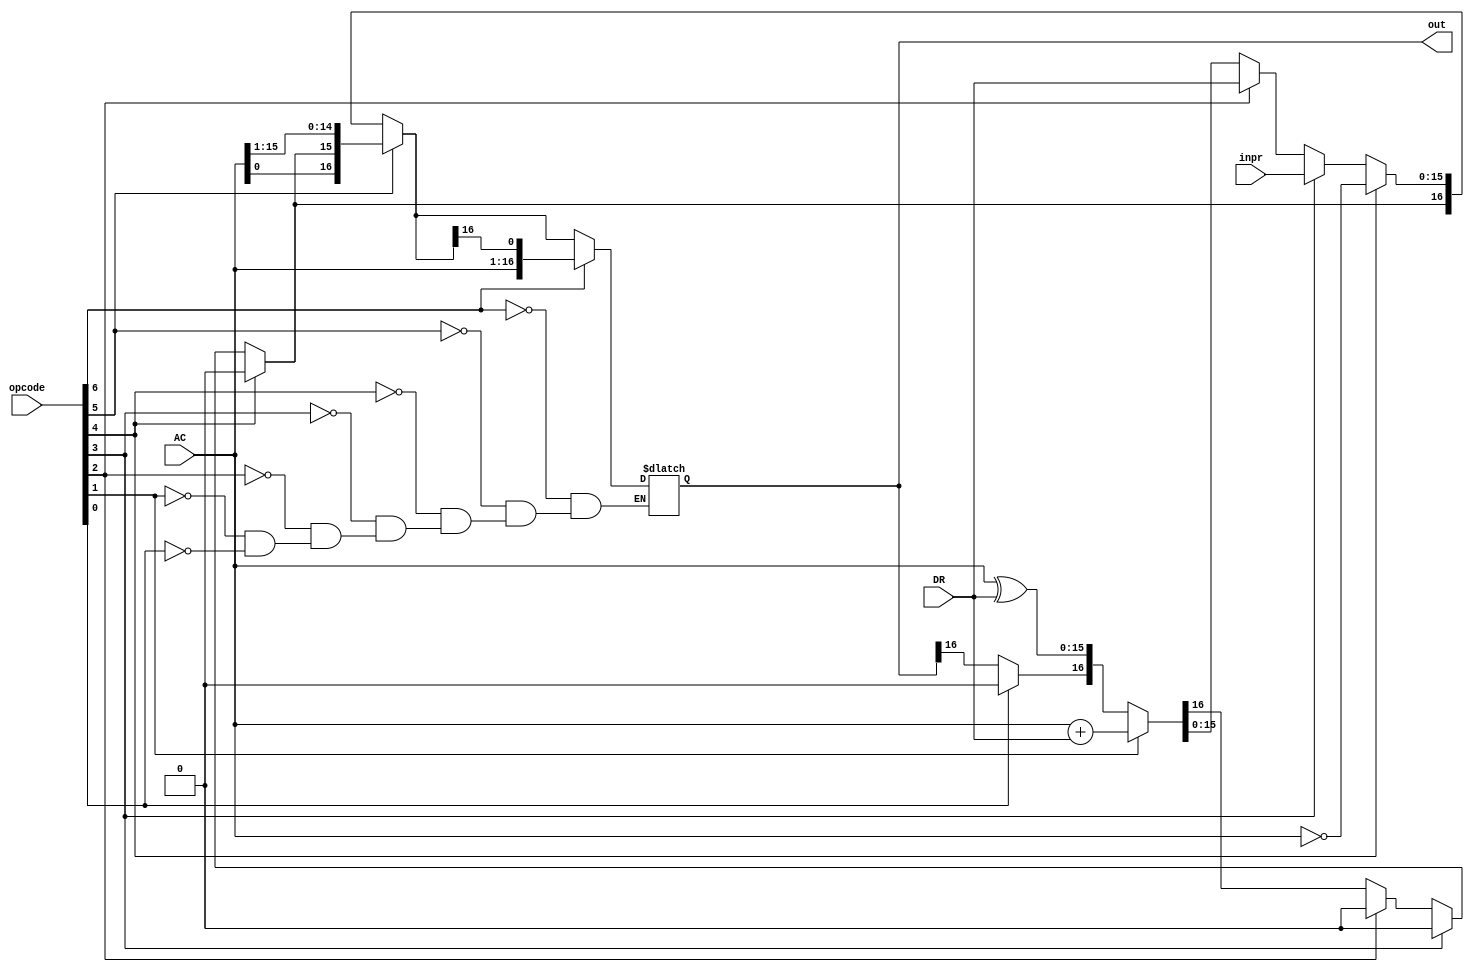
module Add_and_Logic #(parameter Bits = 16) (
	input		[Bits-1:0]	AC,
	input		[Bits-1:0]	DR,
	input		[Bits-1:0]	inpr,
	input	 	[6:0]		opcode,
	output reg	[Bits:0]	out);
	
	always @(AC,DR,opcode)
	begin
		if (opcode[0] == 1'b1)	//AND
		begin
			out = AC ^ DR;
			out[Bits] = 1'b0;
		end
		if (opcode[1] == 1'b1)	// ADD
			out = AC + DR;
		if (opcode[2] == 1'b1)	// DR
		begin
			out = DR;
			out[Bits] = 1'b0;
		end
		if (opcode[3] == 1'b1)	// INPR
		begin
			out = inpr;
			out[Bits] = 1'b0;
		end
		if (opcode[4] == 1'b1)	// COM
		begin
			out = ~AC;
			out[Bits] = 1'b0;
		end
		if (opcode[5] == 1'b1)	// SHR
			out = {AC[0],out[16],AC[15:1]};
		if (opcode[6] == 1'b1)	// SHL
			out = {AC[15:0],out[16]};
	end	
endmodule